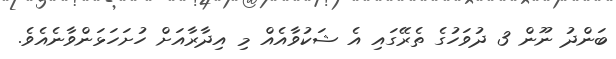
ބަންދު ނޫން 3 ދުވަހުގެ ތެރޭގައި އެ ޝަކުވާއެއް މި އިދާރާއަށް ހުށަހަޅަންވާނެއެވެ.